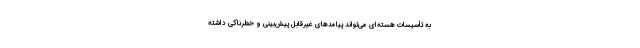
به تأسیسات هسته‌ای می‌تواند پیامدهای غیرقابل پیش‌بینی و خطرناکی داشته